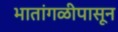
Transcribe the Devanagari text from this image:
भातांगळीपासून